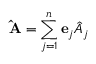
\mathbf { \hat { A } } = \sum _ { j = 1 } ^ { n } \mathbf { e } _ { j } { \hat { A } } _ { j }